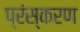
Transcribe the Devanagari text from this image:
प्रंस्करण